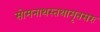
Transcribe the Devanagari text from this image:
सोमनाथस्तथामृतसरः